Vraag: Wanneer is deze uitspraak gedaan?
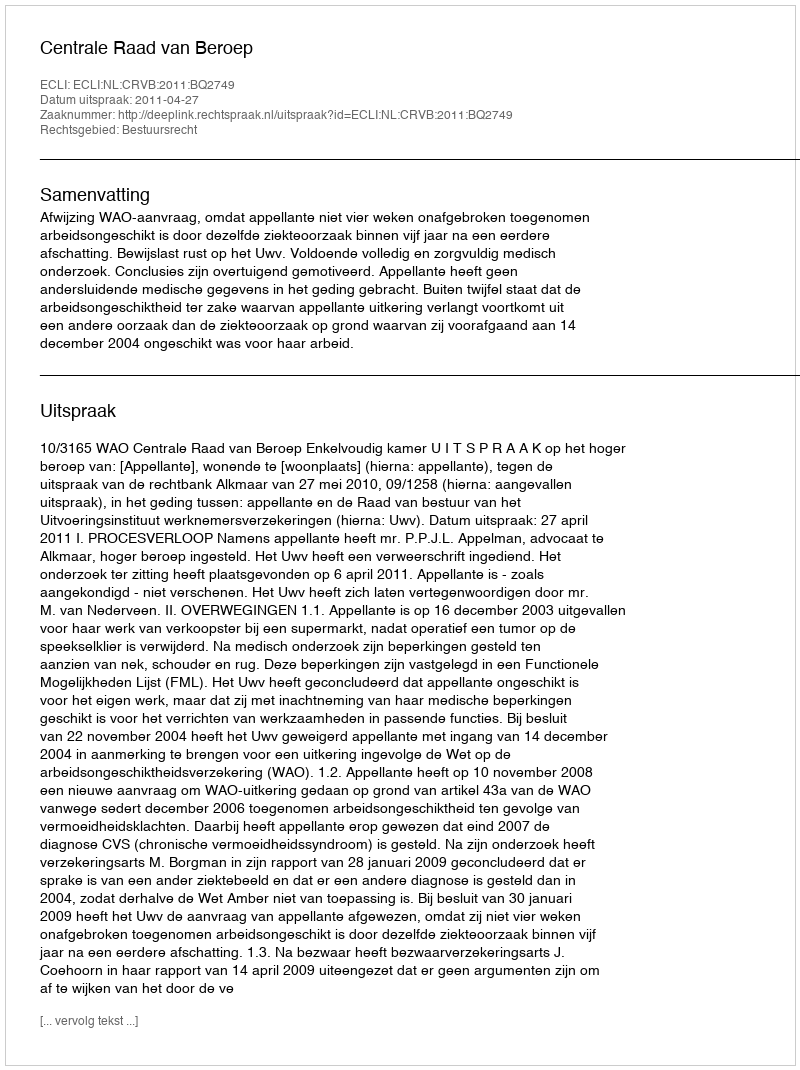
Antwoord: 2011-04-27